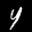
Label: 4